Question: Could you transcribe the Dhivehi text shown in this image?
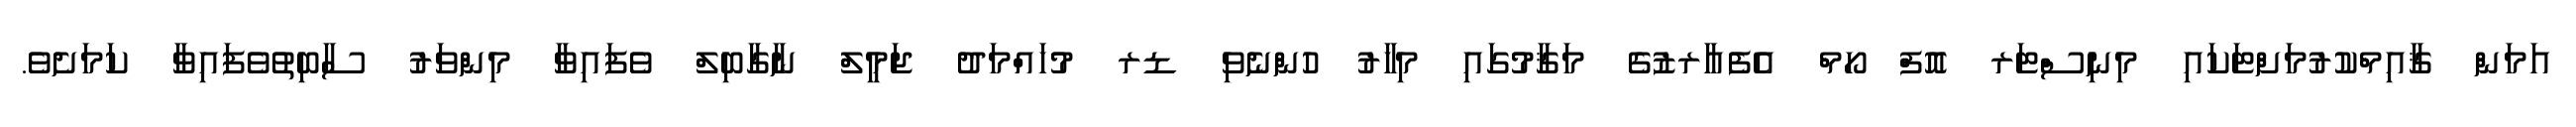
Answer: އަމަން ޤާއިމްކުރުމަށްޓަކައި މިނިސްޓަރ އޮފް ހޯމް އެފެއާރޒުގެ މަޤާމުގައި މިހާރު ހުންނެވި ޑރ މުހައްމަދު ޖަމީލް ނާގާބިލް ވެފައިވާ މިންވަރު ސާބިތުވެފައިވާ ކަމަށެވެ.